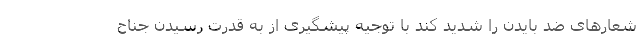
شعارهای ضد بایدن را شدید کند با توجیه پیشگیری از به قدرت رسیدن جناح